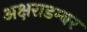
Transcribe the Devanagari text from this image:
अक्षराडम्बर